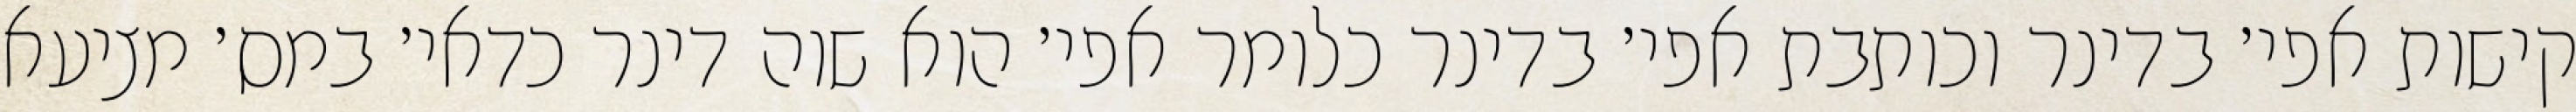
קישות אפי׳ בדינר וכותבת אפי׳ בדינר כלומר אפי׳ הוא שוה דינר כדאי׳ במס׳ מציעא